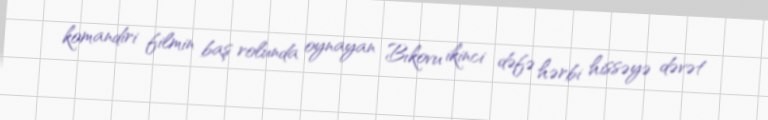
komandiri filmin baş rolunda oynayan Bıkovu ikinci dəfə hərbi hissəyə dəvət